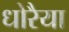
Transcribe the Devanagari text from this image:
धोरैया